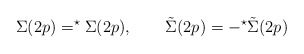
\begin{align*}\Sigma (2p)=^{\star}\Sigma (2p), \qquad \tilde \Sigma (2p)=-^{\star}\tilde\Sigma (2p)\end{align*}